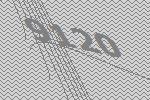
9120